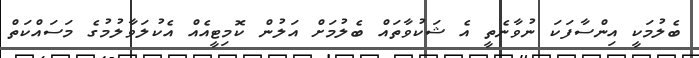
ބެލުމަކީ އިންސާފަކަ ނުވާނެތީ އެ ޝަކުވާތައް ބެލުމަށް އަލުން ކޮމިޓީއެއް އެކުލަވާލުމުގެ މަސައްކަތް